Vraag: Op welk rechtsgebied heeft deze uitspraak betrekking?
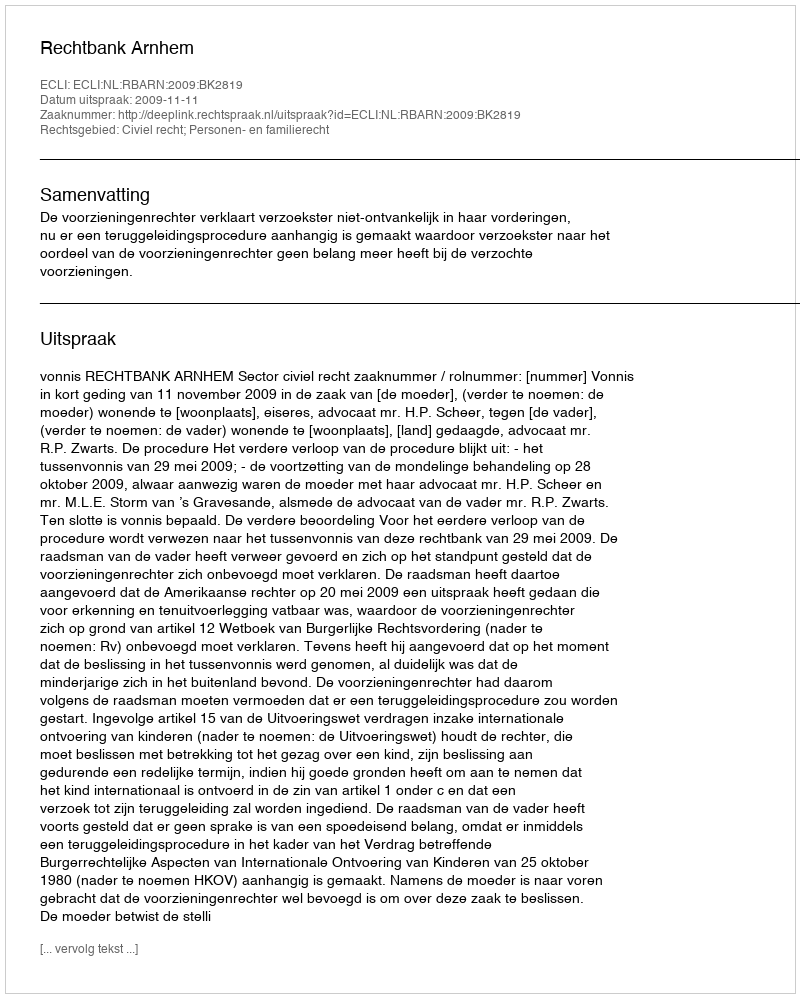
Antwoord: Civiel recht; Personen- en familierecht